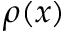
\rho ( x )